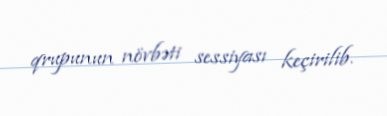
qrupunun növbəti sessiyası keçirilib.